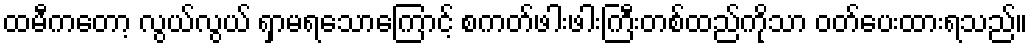
ထမီကတော့ လွယ်လွယ် ရှာမရသောကြောင့် စကတ်ဖါးဖါးကြီးတစ်ထည်ကိုသာ ဝတ်ပေးထားရသည်။